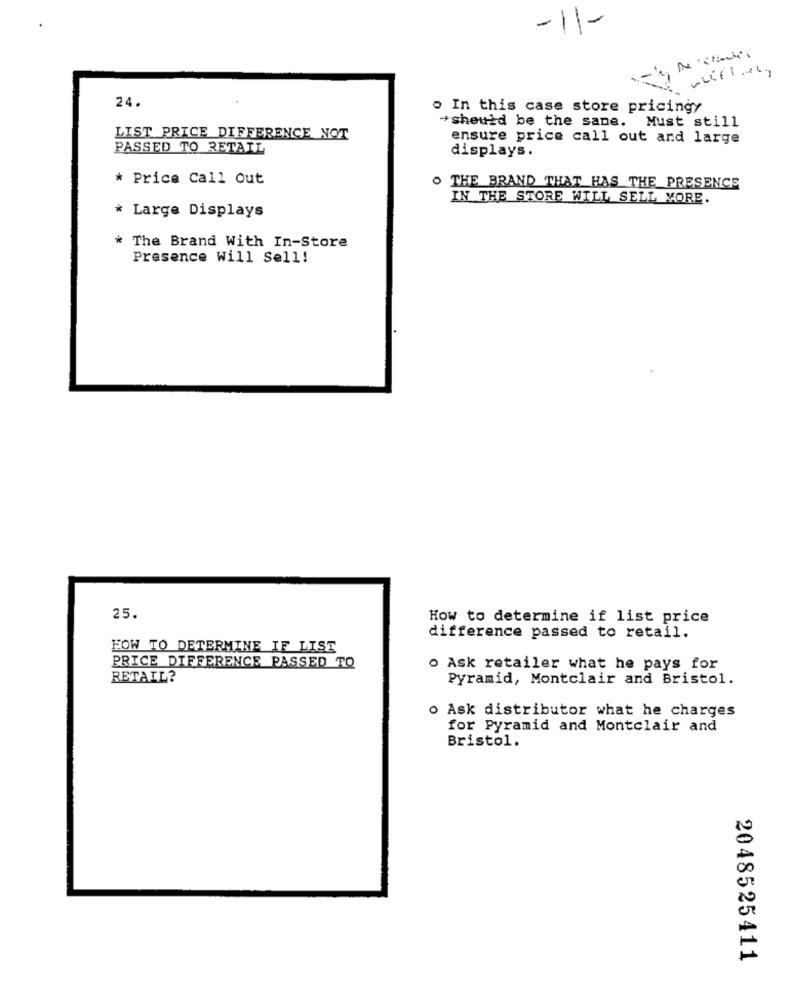
-1-
24.
. In this case store pricingy
+should be the same. Must still
LIST PRICE DIFFERENCE NOT
ensure price call out and large
PASSED TO RETAIL
displays.
* Price Call Out
. THE BRAND THAT HAS THE PRESENCE
IN THE STORE WILL SELL MORE.
* Large Displays
* The Brand With In-Store
Presence Will Sell!
25.
How to determine if list price
difference passed to retail.
HOW TO DETERMINE IF LIST
PRICE DIFFERENCE PASSED TO
o Ask retailer what he pays for
RETAIL?
Pyramid, Montclair and Bristol.
o Ask distributor what he charges
for Pyramid and Montclair and
Bristol.
2048525411